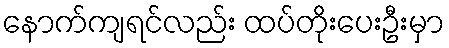
နောက်ကျရင်လည်း ထပ်တိုးပေးဦးမှာ